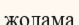
жолама